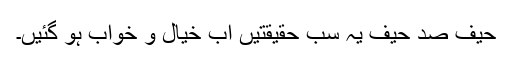
حیف صد حیف یہ سب حقیقتیں اب خیال و خواب ہو گئیں۔